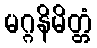
မဂ္ဂနိမိတ္တံ